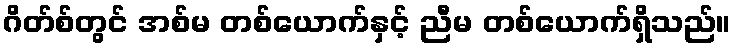
ဂိတ်စ်တွင် အစ်မ တစ်ယောက်နှင့် ညီမ တစ်ယောက်ရှိသည်။